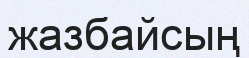
жазбайсың